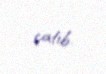
çatıb.